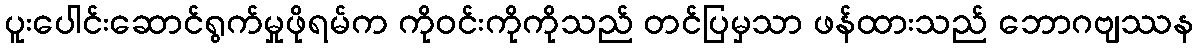
ပူးပေါင်းဆောင်ရွက်မှုဖိုရမ်က ကိုဝင်းကိုကိုသည် တင်ပြမှသာ ဖန်ထားသည် ဘောဂဗျဿန